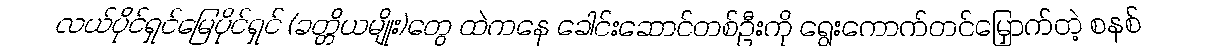
လယ်ပိုင်ရှင်မြေပိုင်ရှင် (ခတ္တိယမျိုး)တွေ ထဲကနေ ခေါင်းဆောင်တစ်ဦးကို ရွေးကောက်တင်မြှောက်တဲ့ စနစ်